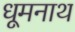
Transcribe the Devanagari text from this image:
धूमनाथ